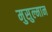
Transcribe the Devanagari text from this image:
मुसुल्मान